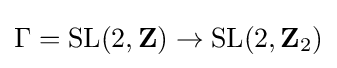
\Gamma =\mathrm {SL} (2,\mathbf {Z} )\to \mathrm {SL} (2,\mathbf {Z} _{2})